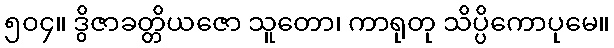
၅၀၄။ ဒွိဇာခတ္တိယဇော သူတော၊ ကာရုတု သိပ္ပိကောပုမေ။